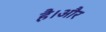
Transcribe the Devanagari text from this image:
है।अौर